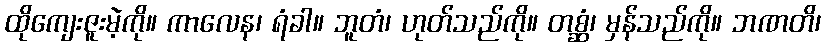
ထိုကျေးဇူးမဲ့ကို။ ကာလေန၊ ရံခါ။ ဘူတံ၊ ဟုတ်သည်ကို။ တစ္ဆံ၊ မှန်သည်ကို။ ဘဏတိ၊